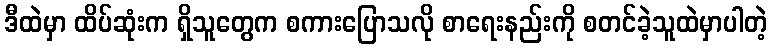
ဒီထဲမှာ ထိပ်ဆုံးက ရှိသူတွေက စကားပြောသလို စာရေးနည်းကို စတင်ခဲ့သူထဲမှာပါတဲ့